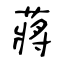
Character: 蔣